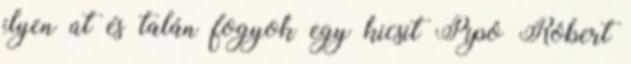
ilyen út és talán fogyok egy kicsit Pipó Róbert